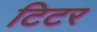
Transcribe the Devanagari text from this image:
टिटर